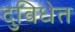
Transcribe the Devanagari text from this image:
दुविधेत